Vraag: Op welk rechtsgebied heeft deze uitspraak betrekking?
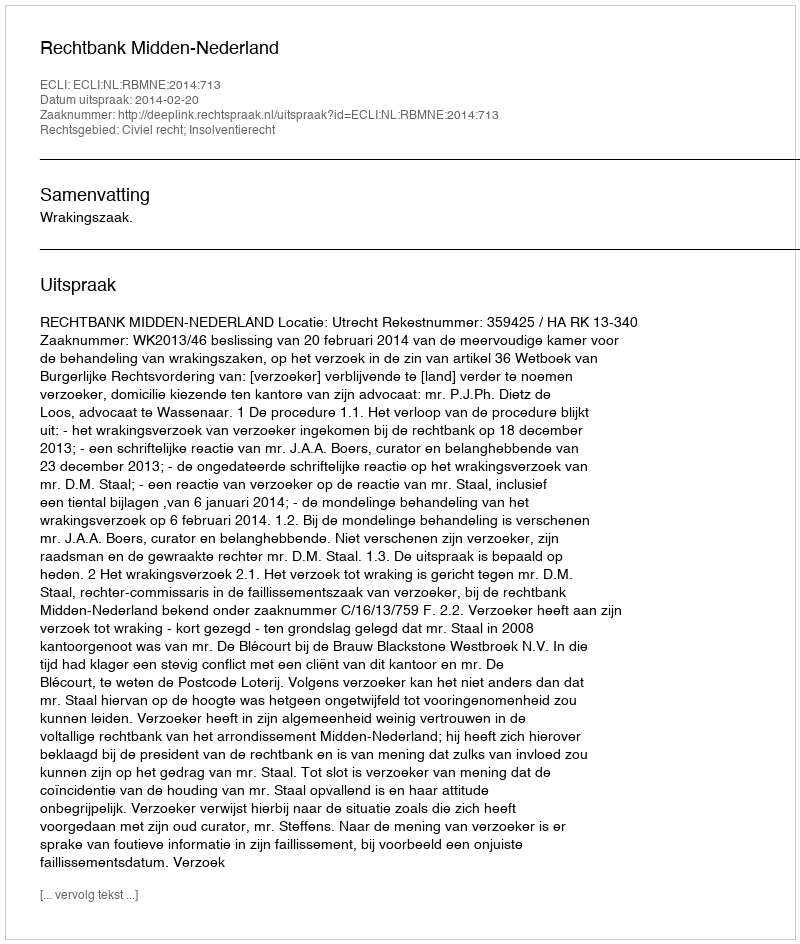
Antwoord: Civiel recht; Insolventierecht